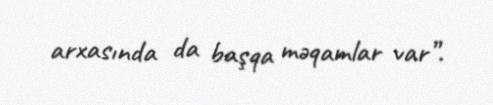
arxasında da başqa məqamlar var”.